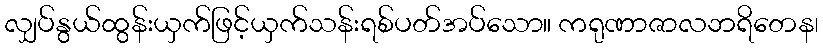
လျှပ်နွယ်ထွန်းယှက်ဖြင့်ယှက်သန်းရစ်ပတ်အပ်သော။ ကရုဏာဇာလဘရိတေန၊